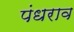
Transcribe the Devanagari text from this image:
पंधराव